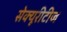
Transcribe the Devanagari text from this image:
सेक्यूरीटीज